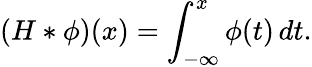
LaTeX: (H\ast\phi)(x)=\int_{-\infty}^{x}\phi(t)\, dt.